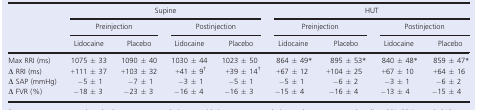
| <ROWSPAN=3>  | <COLSPAN=4> Supine | <COLSPAN=4> HUT |
 | <COLSPAN=2> Preinjection | <COLSPAN=2> Postinjection | <COLSPAN=2> Preinjection | <COLSPAN=2> Postinjection |
 | Lidocaine | Placebo | Lidocaine | Placebo | Lidocaine | Placebo | Lidocaine | Placebo |
 | --- | --- | --- | --- | --- | --- | --- | --- | --- |
 | Max RRI (ms) | 1075 ± 33 | 1090 ± 40 | 1030 ± 44 | 1023 ± 50 | 864 ± 49* | 895 ± 53* | 840 ± 48* | 859 ± 47* |
 | Δ RRI (ms) | +111 ± 37 | +103 ± 32 | +41 ± 9† | +39 ± 14† | +67 ± 12 | +104 ± 25 | +67 ± 10 | +64 ± 16 |
 | Δ SAP (mmHg) | −5 ± 1 | −7 ± 1 | −3 ± 1 | −5 ± 1 | −5 ± 1 | −6 ± 2 | −3 ± 1 | −6 ± 2 |
 | Δ FVR (%) | −18 ± 3 | −23 ± 3 | −16 ± 4 | −16 ± 3 | −15 ± 4 | −16 ± 4 | −13 ± 4 | −15 ± 4 |